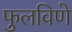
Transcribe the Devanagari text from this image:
फुलविणे